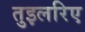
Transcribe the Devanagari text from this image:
तुइलरिए